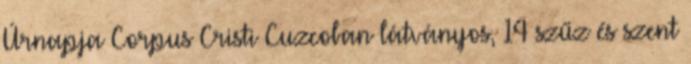
Úrnapja Corpus Cristi Cuzcoban látványos, 14 szűz és szent